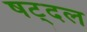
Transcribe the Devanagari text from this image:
षट्दल